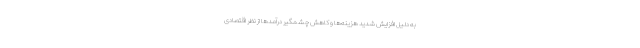
به دلیل افزایش شدید هزینه‌ها و کاهش چشمگیر درآمدها از نظر اقتصادی